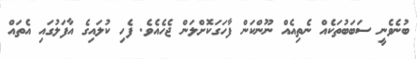
ބުނެވެނީ ސަބަބުތަކެއް ނެތިއެއް ނޫންކަން ފާހަގަކޮށްލަން ޖެހެއެވެ. ފެހި ކުލައިގެ އާފަލުގައި އެތައް